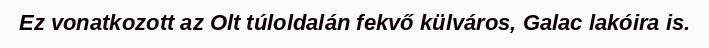
Ez vonatkozott az Olt túloldalán fekvő külváros, Galac lakóira is.